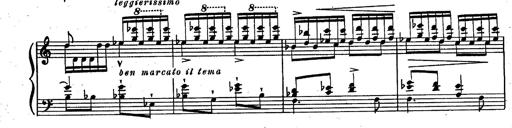
Title: RÃ©miniscences des Huguenots
Composer: Franz Liszt